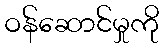
ဝန်ဆောင်မှုကို